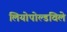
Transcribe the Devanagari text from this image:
लियोपोल्डविले